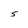
Character: 5